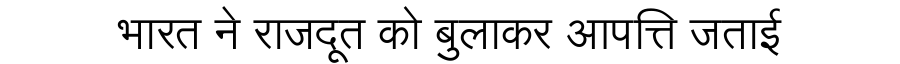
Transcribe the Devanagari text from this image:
भारत ने राजदूत को बुलाकर आपत्ति जताई